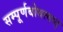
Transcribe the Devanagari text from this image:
सम्पूर्णबोधत्वात्